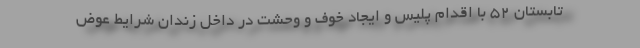
تابستان 52 با اقدام پلیس و ایجاد خوف و وحشت در داخل زندان شرایط عوض